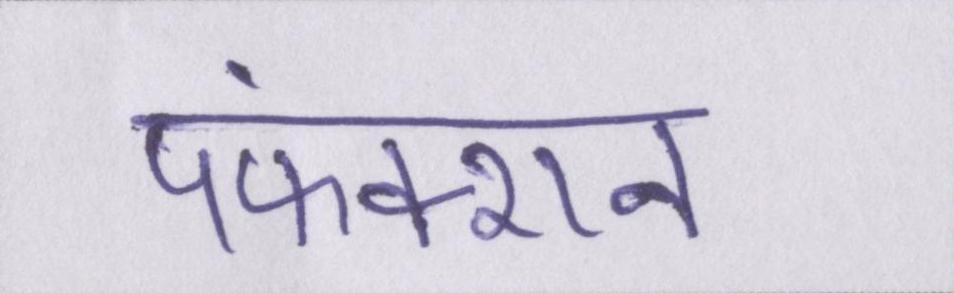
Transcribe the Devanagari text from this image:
पफंक्शन